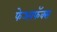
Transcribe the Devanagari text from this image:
फेअरफॅक्स